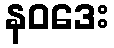
နဝဒေး